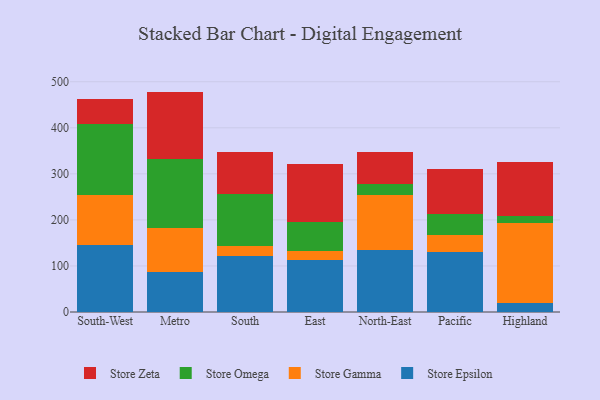
{"axis": {"x": "Region", "y": "Energy Usage (MWh)"}, "legend": ["Store Epsilon", "Store Gamma", "Store Omega", "Store Zeta"], "data": [{"x": "South-West", "y": 146.1, "type": "Store Epsilon"}, {"x": "South-West", "y": 108.8, "type": "Store Gamma"}, {"x": "South-West", "y": 154.1, "type": "Store Omega"}, {"x": "South-West", "y": 54.3, "type": "Store Zeta"}, {"x": "Metro", "y": 87.6, "type": "Store Epsilon"}, {"x": "Metro", "y": 94.6, "type": "Store Gamma"}, {"x": "Metro", "y": 149.3, "type": "Store Omega"}, {"x": "Metro", "y": 147.1, "type": "Store Zeta"}, {"x": "South", "y": 121.8, "type": "Store Epsilon"}, {"x": "South", "y": 21.8, "type": "Store Gamma"}, {"x": "South", "y": 113.1, "type": "Store Omega"}, {"x": "South", "y": 91.5, "type": "Store Zeta"}, {"x": "East", "y": 113.0, "type": "Store Epsilon"}, {"x": "East", "y": 18.8, "type": "Store Gamma"}, {"x": "East", "y": 63.2, "type": "Store Omega"}, {"x": "East", "y": 126.4, "type": "Store Zeta"}, {"x": "North-East", "y": 135.4, "type": "Store Epsilon"}, {"x": "North-East", "y": 118.1, "type": "Store Gamma"}, {"x": "North-East", "y": 25.4, "type": "Store Omega"}, {"x": "North-East", "y": 68.9, "type": "Store Zeta"}, {"x": "Pacific", "y": 130.4, "type": "Store Epsilon"}, {"x": "Pacific", "y": 36.7, "type": "Store Gamma"}, {"x": "Pacific", "y": 46.1, "type": "Store Omega"}, {"x": "Pacific", "y": 97.4, "type": "Store Zeta"}, {"x": "Highland", "y": 18.8, "type": "Store Epsilon"}, {"x": "Highland", "y": 175.1, "type": "Store Gamma"}, {"x": "Highland", "y": 14.6, "type": "Store Omega"}, {"x": "Highland", "y": 118.2, "type": "Store Zeta"}]}